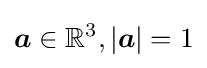
{\boldsymbol {a}}\in \mathbb {R} ^{3},|{\boldsymbol {a}}|=1